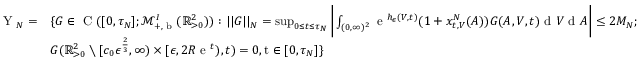
\begin{array} { r l } { \textup { Y } _ { N } = } & { \{ G \in \textup { C } ( [ 0 , \tau _ { N } ] ; \mathscr { M } _ { + , \textup { b } } ^ { I } ( \mathbb { R } _ { > 0 } ^ { 2 } ) ) : | | G | | _ { N } = \operatorname* { s u p } _ { 0 \leq t \leq \tau _ { N } } \bigg | \int _ { ( 0 , \infty ) ^ { 2 } } \textup { e } ^ { h _ { \epsilon } ( V , t ) } ( 1 + x _ { t , V } ^ { N } ( A ) ) G ( A , V , t ) \textup { d } V \textup { d } A \bigg | \leq 2 M _ { N } ; } \\ & { G ( \mathbb { R } _ { > 0 } ^ { 2 } \setminus [ c _ { 0 } \epsilon ^ { \frac { 2 } { 3 } } , \infty ) \times [ \epsilon , 2 R \textup { e } ^ { t } ) , t ) = 0 , \textup t \in [ 0 , \tau _ { N } ] \} } \end{array}